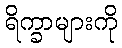
ရိက္ခာများကို